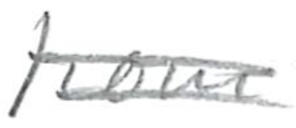
Text: from
Cross-out: double-line
Writing tool: pencil